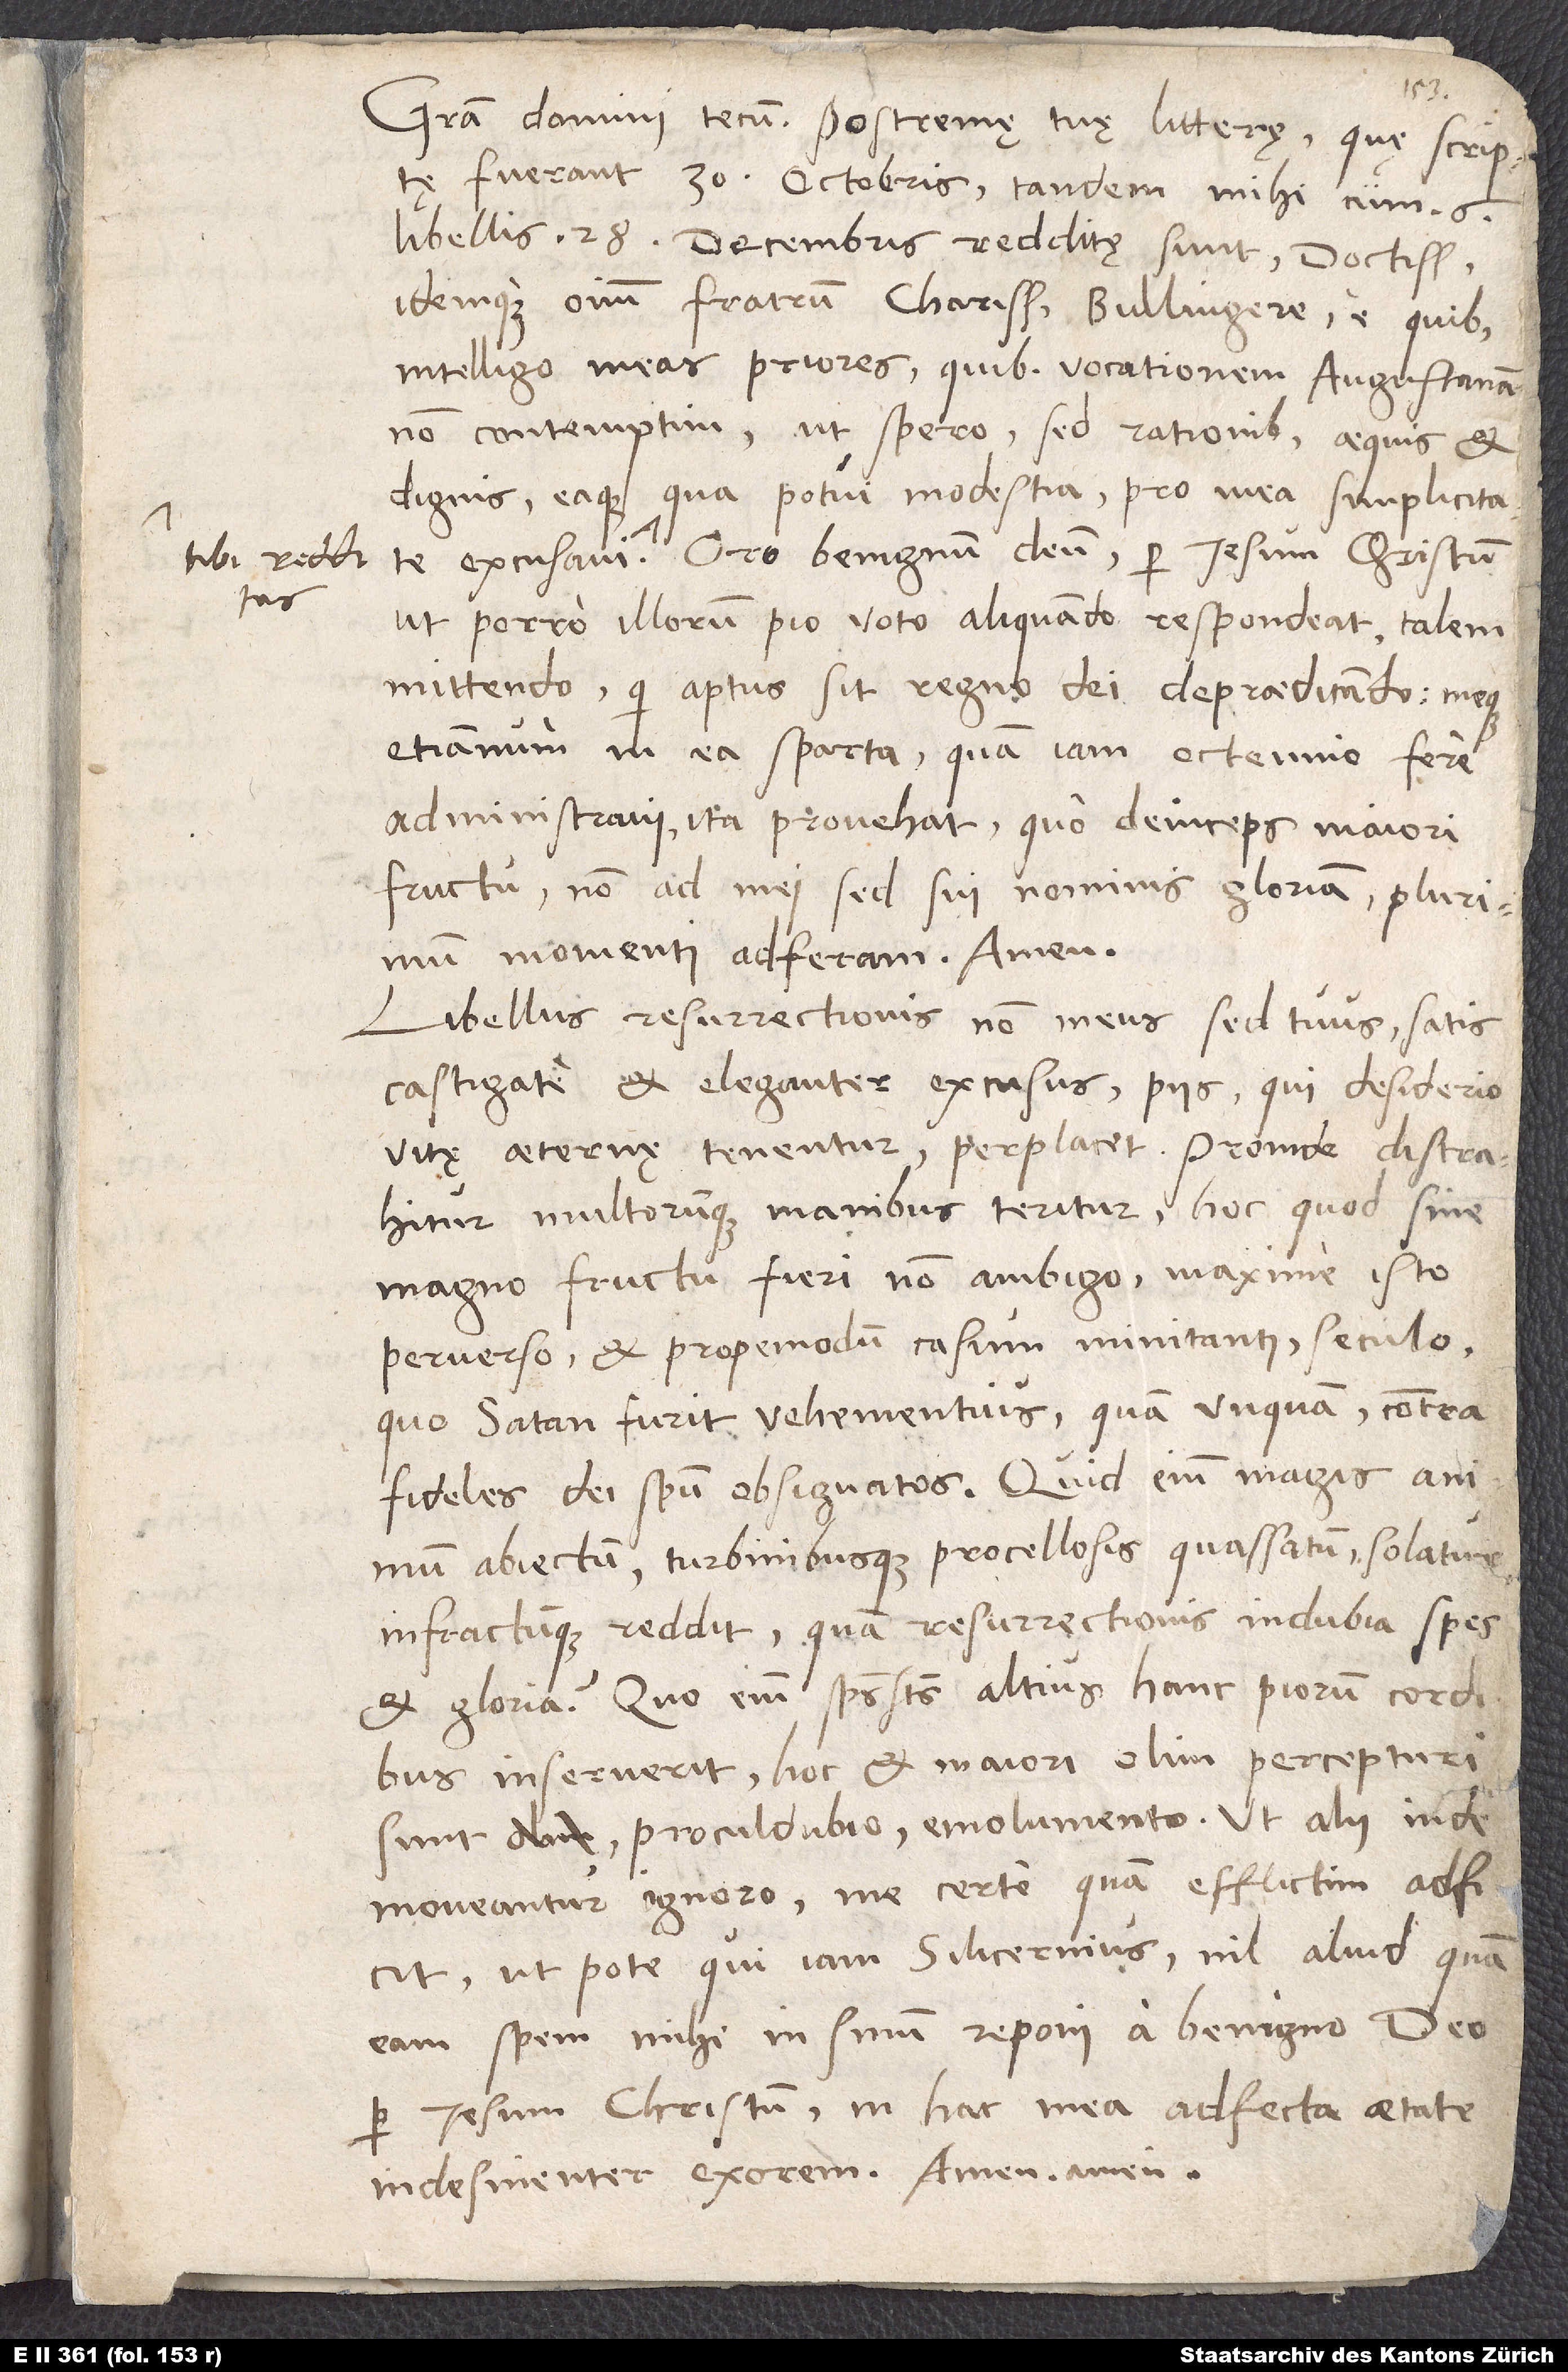
tibi redditas.

Gratia domini tecum. Postremę tuę litterę, quę scriptę
fuerant 30. octobris, tandem mihi cum 6
libellis 28. decembris redditę sunt, doctissime
idemque omnium fratrum charissime Bullingere. E quibus
intelligo meas priores, quibus vocationem Augustanam
non contemptim, ut spero, sed rationibus aequis et
dignis eaque, qua potui, modestia pro mea simplicitate
ut porro illorum pio voto aliquando respondeat talem
mittendo, qui aptus sit regno dei depredicando, meque
etiamnum in ea sparta, quam iam octennio fere
administravi, ita provehat, quo deinceps maiori
fructu non ad mei, sed sui nominis gloriam plurimum
momenti adferam. Amen.
Libellus resurrectionis non meus, sed tuus, satis
castigate et eleganter excusus piis, qui desiderio
vitę aeternę tenentur, perplacet. Proinde distrahitur
multorumque manibus teritur, hoc quod non
magno fructu fieri non ambigo, maxime isto
perverso et propemodum casum minitanti seculo,
quo satan furit vehementius quam unquam contra
fideles dei spiritu obsignatos. Quid enim magis animum
abiectum turbinibusque procellosis quassatum solatur
infractumque reddit quam resurrectionis indubia spes
et gloria? Quo enim spiritus sanctus altius hanc piorum cordibus
inseruerit, hoc et maiori olim percepturi
sunt procul dubio emolumento. Ut alii inde
moveantur, ignoro. Me certe quam efflictim adficit,
utpote qui iam silicernius nil aliud quam
eam spem mihi in sinum reponi a benigno deo
per Iesum Christum in hac mea adfecta aetate
indesinenter exorem. Amen, amen.